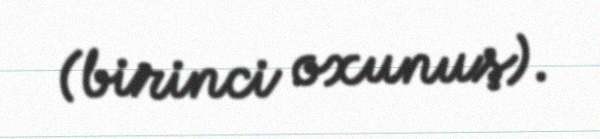
(birinci oxunuş).